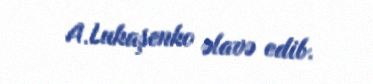
A.Lukaşenko əlavə edib.